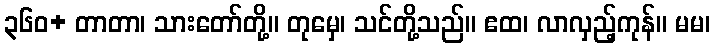
၃၆၀+ တာတာ၊ သားတော်တို့။ တုမှေ၊ သင်တို့သည်။ ဧထ၊ လာလှည့်ကုန်။ မမ၊